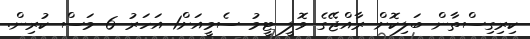
ކިރިގިސްތާން ބަލިކޮށް ރާއްޖޭގެ ވޮލީ ޓީމު ސެމީއަށް1 އަހަރު 6 މަސް ކުރިން.